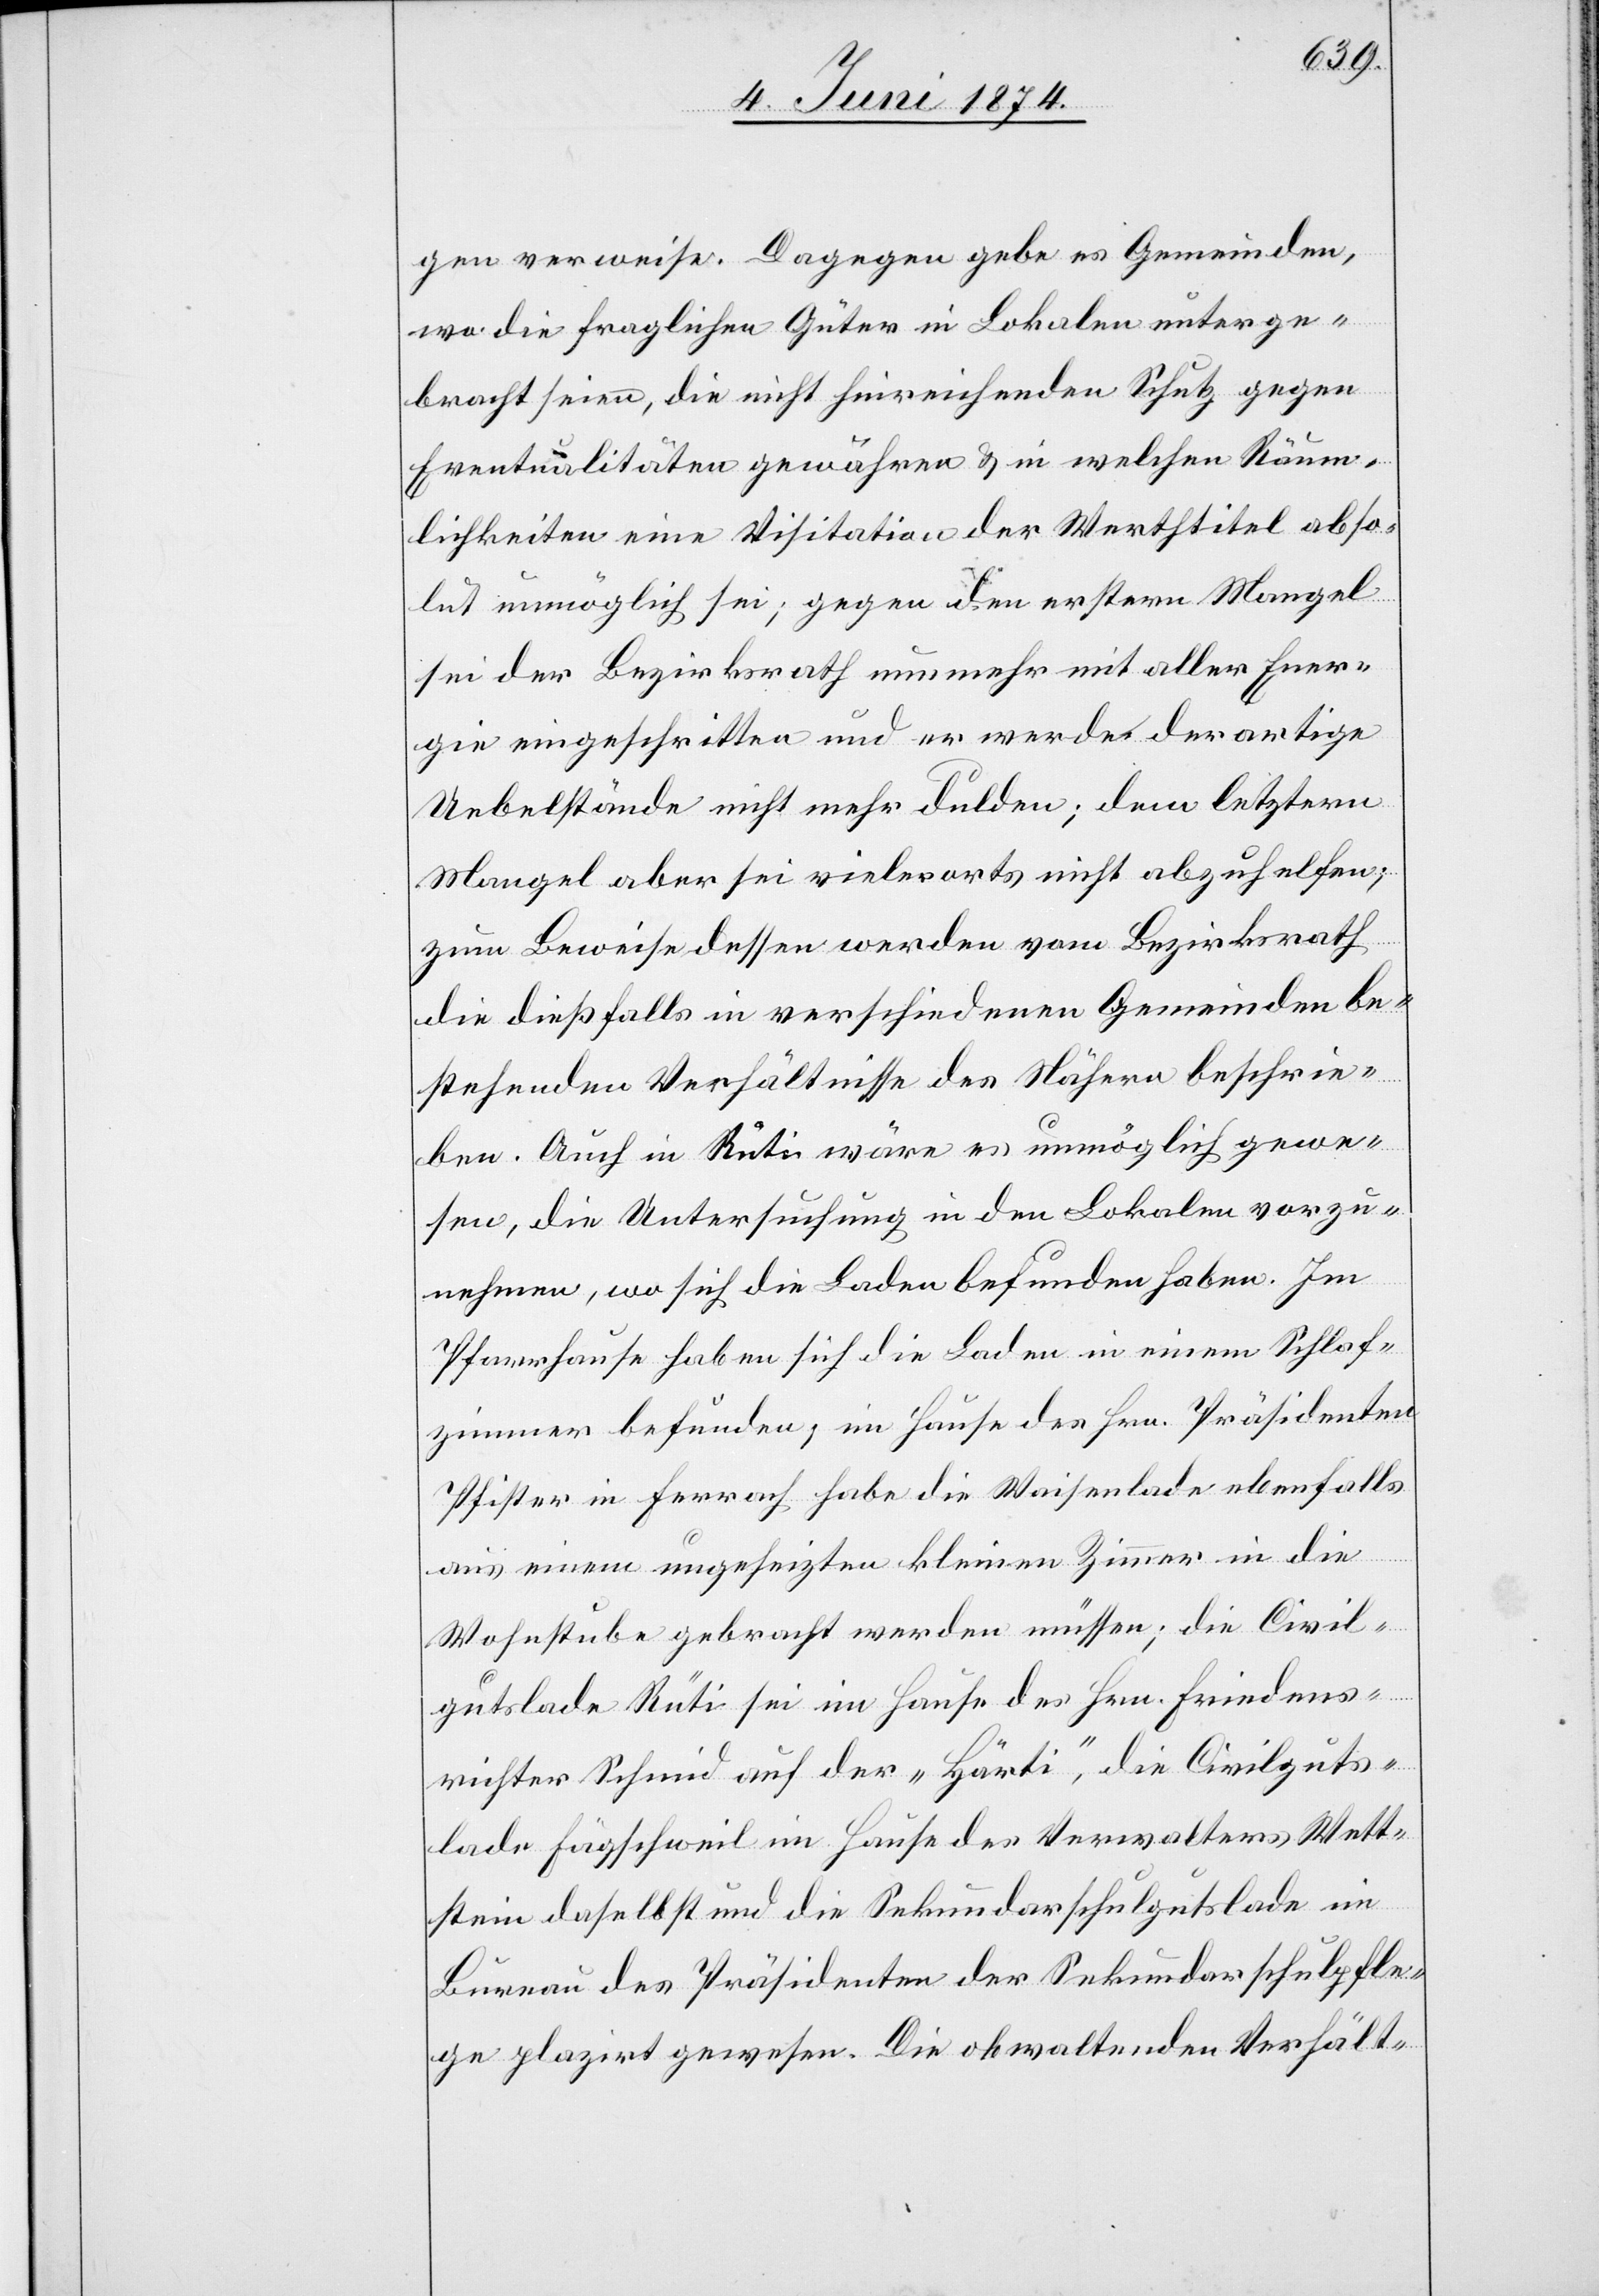
gen verweise. Dagegen gebe es Gemeinden,
wo die fraglichen Güter in Lokalen unterge¬
bracht seien, die nicht hinreichenden Schutz gegen
Eventualitäten gewähren u. in welchen Räum¬
lichkeiten eine Visitation der Werthtitel abso¬
lut unmöglich sei; gegen den erstern Mangel
sei der Bezirksrath nunmehr mit aller Ener¬
gie eingeschritten und er werde derartige
Uebelstände nicht mehr dulden; dem letztern
Mangel aber sei vielerorts nicht abzuhelfen;
zum Beweise dessen werden vom Bezirksrath
die dießfalls in verschiedenen Gemeinden be¬
stehenden Verhältnisse des Nähern beschrie¬
ben. Auch in Rüti wäre es unmöglich gewe¬
sen, die Untersuchung in den Lokalen vorzu¬
nehmen, wo sich die Laden befunden haben. Im
Pfarrhause haben sich die Laden in einem Schlaf¬
zimmer befunden; im Hause des Hrn. Präsidenten
Pfister in Ferrach habe die Waisenlade ebenfalls
aus einem ungeheizten kleinen Zimmer in die
Wohnstube gebracht werden müssen; die Civil¬
gutslade Rüti sei im Hause des Hrn. Firedens¬
richter Schmid auf der „Härti“, die Civilguts¬
lade Fägschweil im Hause des Verwalters Wett¬
stein daselbst und die Sekundarschulgutslade im
Bureau des Präsidenten der Sekundarschulpfle¬
ge plazirt gewesen. Die obwaltenden Verhält-